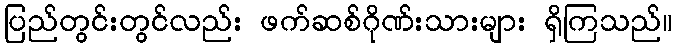
ပြည်တွင်းတွင်လည်း ဖက်ဆစ်ဂိုဏ်းသားများ ရှိကြသည်။